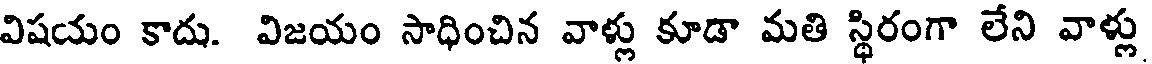
విషయం కాదు. విజయం సాధించిన వాళ్లు కూడా మతి స్థిరంగా లేని వాళ్లు